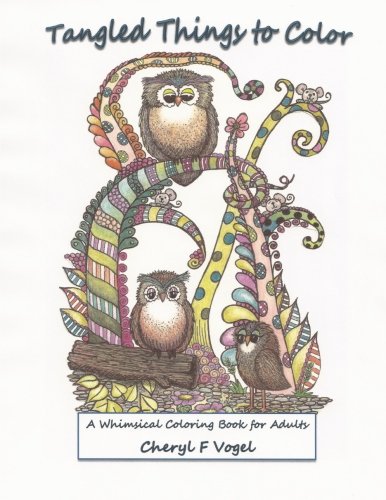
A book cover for Tangled Things To Color: A Whimsical Coloring Book For Adults (Owl Tangled Up) (Volume 1); Cheryl F Vogel; Crafts, Hobbies & Home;